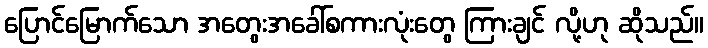
ပြောင်မြောက်သော အတွေးအခေါ်စကားလုံးတွေ ကြားချင် လို့ဟု ဆိုသည်။